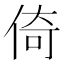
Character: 倚